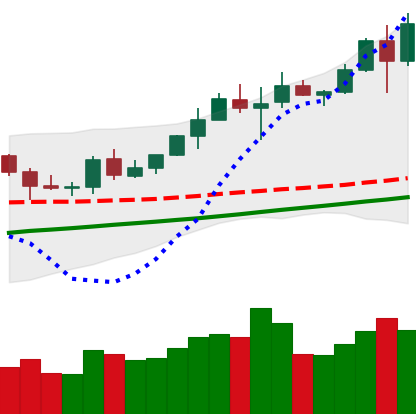
Ticker: BNB-USD
Chart end date: 2020-08-03
Forward return: 3.732%
Label: up_3_5